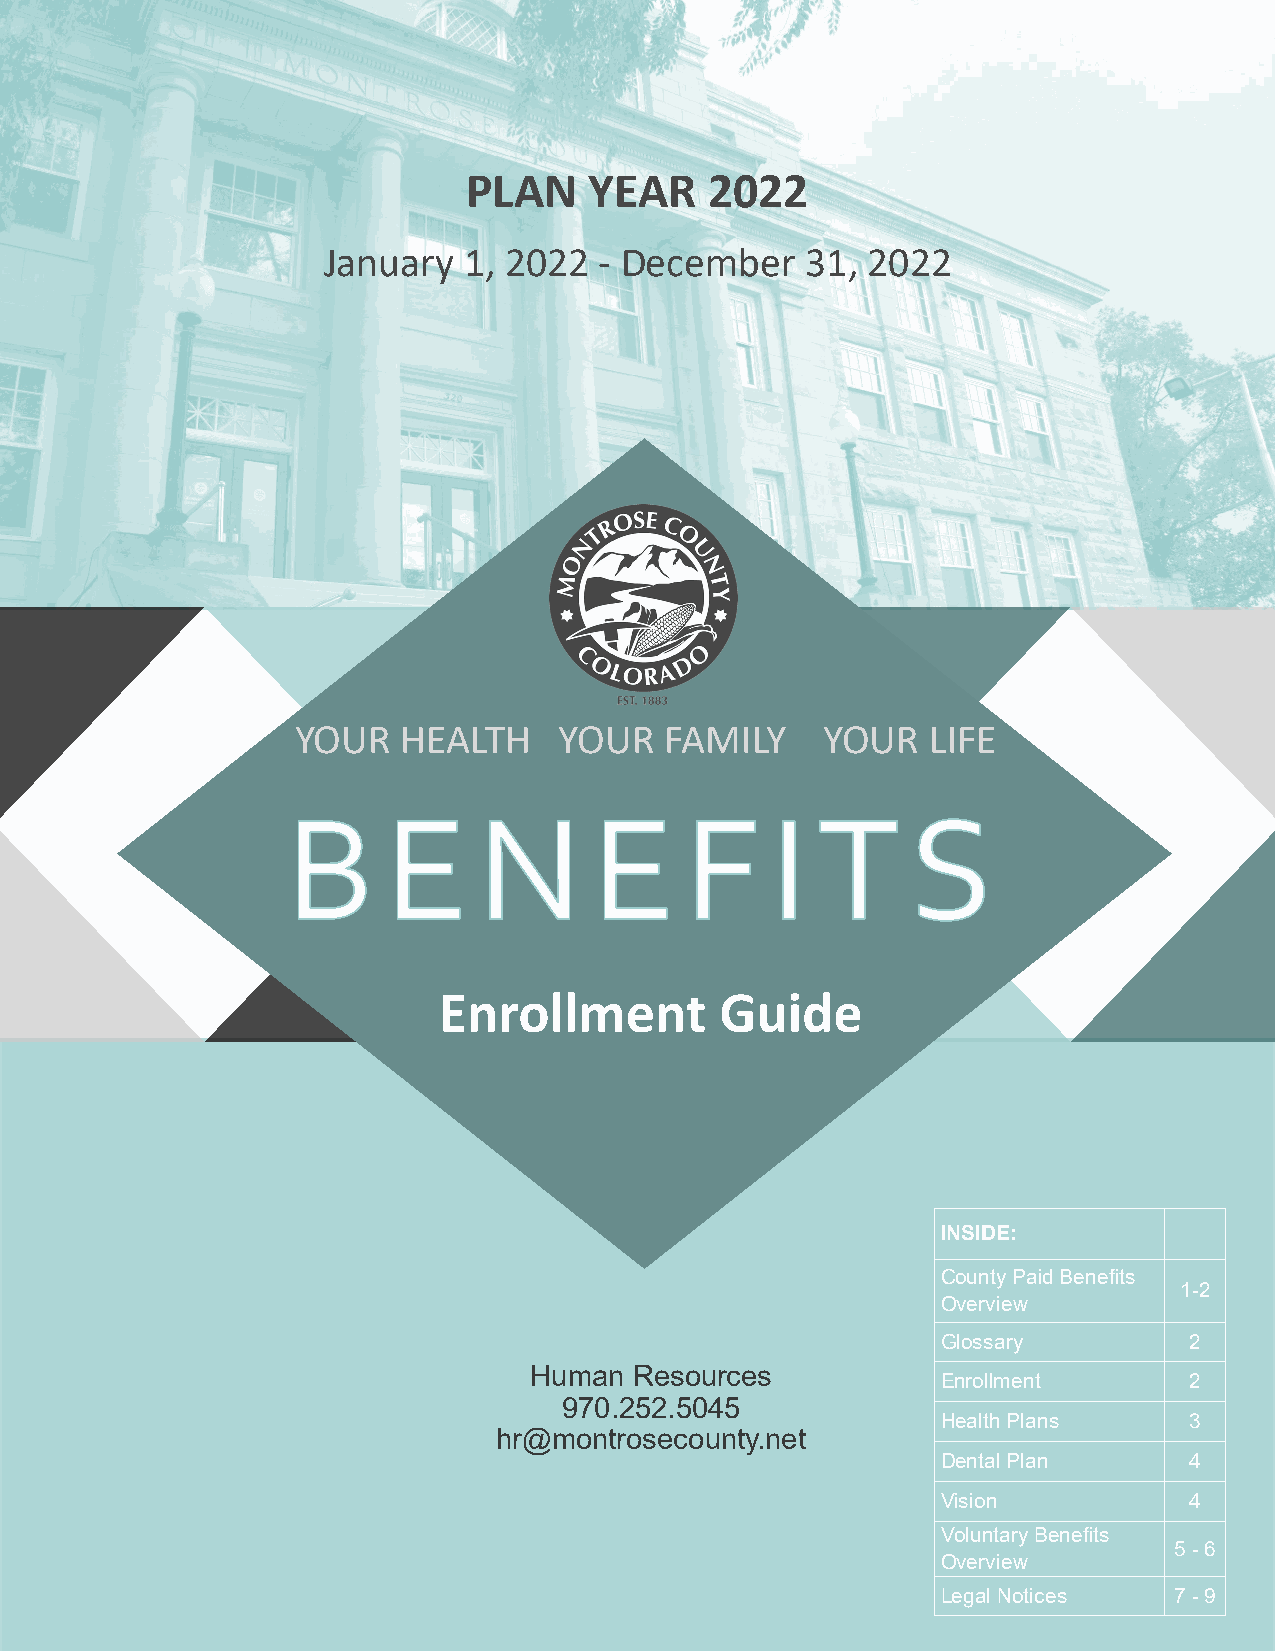
PLAN    YEAR    2022
 January   1, 2022  - December   31, 2022
 YOUR   HEALTH    YOUR   FAMILY     YOUR   LIFE
 Enrollment         Guide
 INSIDE:
 County Paid Benefits
 1-2
 Overview
 Glossary         2
 Human  Resources
 Enrollment       2
 970.252.5045
 Health Plans     3
 hr@montrosecounty.net
 Dental Plan      4
 Vision           4
 Voluntary Benefits
 5 - 6
 Overview
 Legal Notices   7 - 9